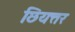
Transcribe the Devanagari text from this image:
छियत्तर